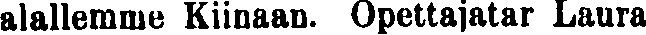
alallemme Kiinaan. Opettajatar Laura